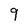
Character: 9